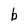
Character: b